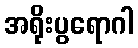
အရိုးပွရောဂါ